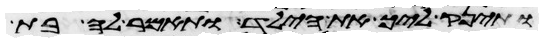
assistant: ותינק ליך את הילד ותאמר לה בת